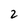
Character: 2